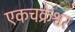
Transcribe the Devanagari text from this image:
एकचक्रेश्वर